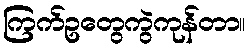
ကြက်ဥတွေကွဲကုန်တာ။